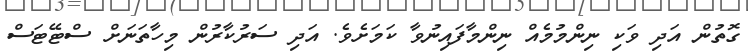
ގޮތުން އަދި ވަކި ނިންމުމެއް ނިންމާފައިނުވާ ކަމަށެވެ. އަދި ސަރުކާރުން މިހާތަނަށް ސްޓޭޓަސް